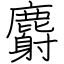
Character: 麝